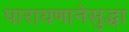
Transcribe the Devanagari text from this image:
पारायणानेसुद्धा